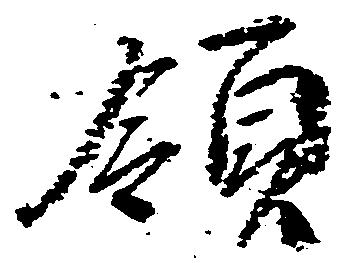
領